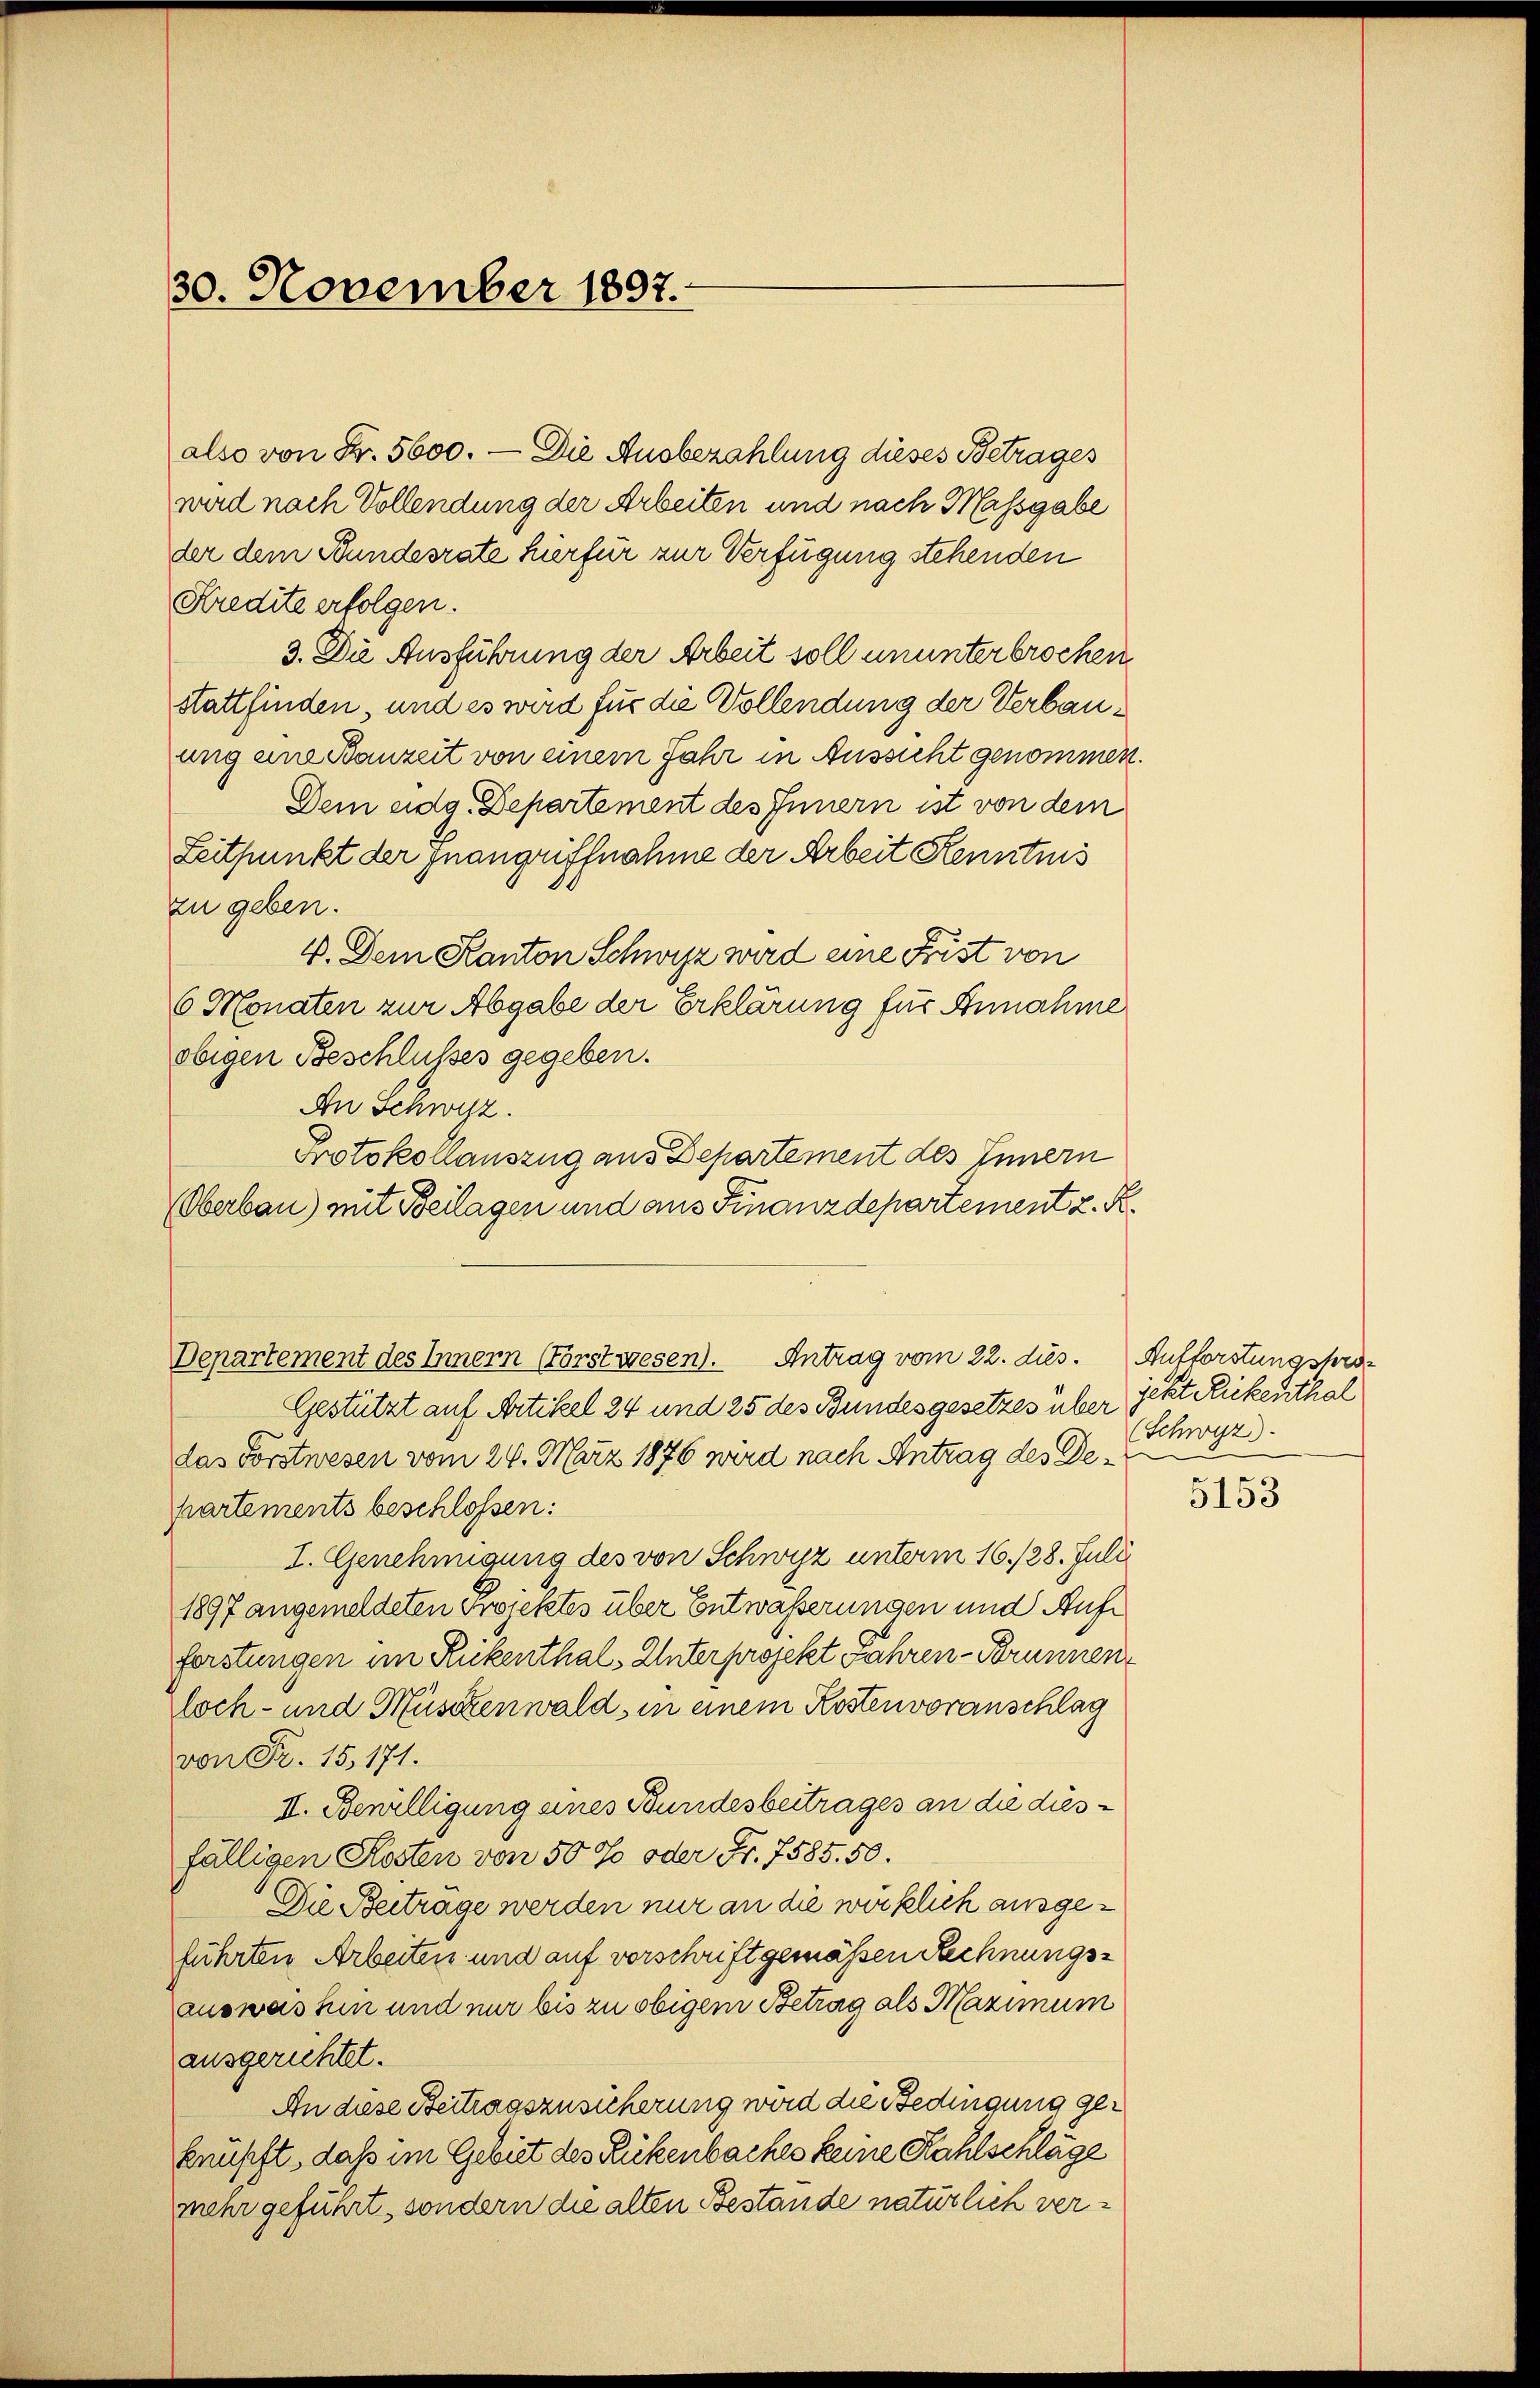
30. November 1897.

Kredite erfolgen.
3. Die Ausführung der Arbeit soll ununterbrochen
stattfinden, und es wird für die Vollendung der Verbauung eine Bauzeit von einem Jahr in Aussicht genommen.
Dem eidg. Departement des Innern ist von dem
Seitpunkt der Inangriffnahme der Arbeit Kenntnis
zu geben.
V. Dem Kanton Schwyz wird eine Frist von
6 Monaten zur Abgabe der Erklärung für Annahme
obigen Beschlusses gegeben.
An Schwyz.
Protokollauszug aus Departement des Innern
Oberbau) mit Beilagen und aus Finanzdepartement z. K.
Departement des Innern (Forstwesen). Antrag vom 22. dies. Aufforstungshro¬
Gestützt auf Artikel 24 und 25 des Bundesgesetzes über
das Forstwesen vom 26. März 1876 wird nach Antrag des De
partements beschlossen:
I. Genehmigung des von Schwyz unterm 16./28. Juli
1897 angemeldeten Projektes über Entwässerungen und Aufforstungen im Rückenthal. Unterprojekt Fahren- Brunnenloch- und Müschenwald, in einem Kostenvoranschlag
von Fr. 15, 171.
II. Bewilligung eines Bundesbeitrages an die dies
fälligen Kosten von 50 % oder Fr. 7585. 50.
Die Beitrage werden nur an die wirklich ausgeführten Arbeiten und auf vorschrift gemäßen Rechnungsauswashin und nur bis zu obigem Betrag als Maximum
ausgerichtet.
An diese Beitragszusicherung wird die Bedingung geknüpft, daß im Gebiet des Rückenbaches keine Kahlschläge
mehr geführt, sondern die alten Bestände natürlich ver¬

also von Fr. 5600. — Die Ausbezahlung dieses Betrages
wird nach Vollendung der Arbeiten und nach Massgabe
der dem Bundesrate hierfür zur Verfügung stehenden

jetzt Rickenithal
(Schwyz)

5153